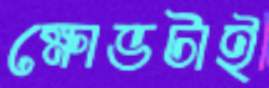
ক্ষোভটাই